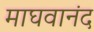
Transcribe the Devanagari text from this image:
माघवानंद